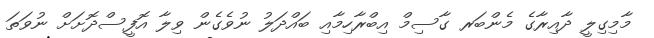
މާމިގިލީ ދާއިރާގެ މެންބަރ ގާސިމް އިބްރާހިމާއި ބައްދަލު ނުވެގެން ވިލާ އޮފީސްދޮށަށް ނުވަތަ